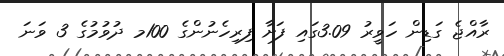
ރާއްޖެ ގަޑިން ހަވީރު 3.09ގައި ފަށާ ފިރިހެނުންގެ 100މ ދުވުމުގެ 3 ވަނަ